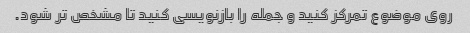
روی موضوع تمرکز کنید و جمله را بازنویسی کنید تا مشخص تر شود.